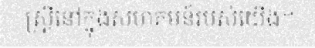
ស្ត្រីនៅក្នុងសហគមន៍របស់យើង។